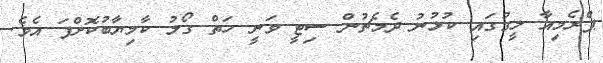
ޕްރެމިއާ ލީގުގައި ކުޅުނު ދެމެޗުން ސިޓީ ވަނީ ހަތް ގޯލު ކާމިޔާބުކޮށްފަ އެވެ.